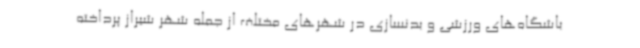
باشگاه‌های ورزشی و بدنسازی در شهرهای مختلف از جمله شهر شیراز پرداخته‌